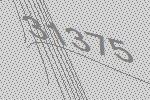
31375